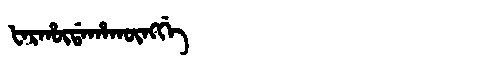
Manchu: ᡶᠠᡵᡥᡡᡩᠠᡥᠠᡴᡡᠩᡤᡝ
Romanization: FARHŪDAHAKŪNGGE